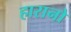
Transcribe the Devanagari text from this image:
हारानो